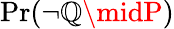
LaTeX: \operatorname*{Pr}(\lnot\mathbb{Q}\midP)